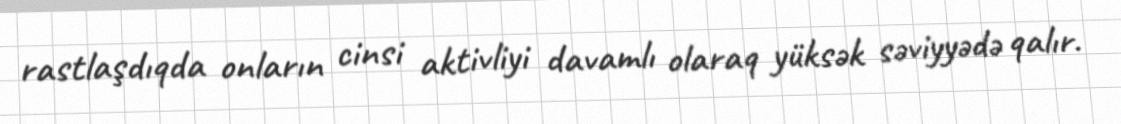
rastlaşdıqda onların cinsi aktivliyi davamlı olaraq yüksək səviyyədə qalır.